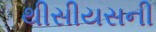
થીસીયસની